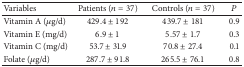
<table><thead><tr><td><b>Variables</b></td><td><b>Patients (<i>n</i> = 37)</b></td><td><b>Controls (<i>n</i> = 37)</b></td><td><b><i>P</i></b></td></tr></thead><tbody><tr><td>Vitamin A (<i>μ</i>g/d)</td><td>429.4 ± 192</td><td>439.7 ± 181</td><td>0.9</td></tr><tr><td>Vitamin E (mg/d)</td><td>6.9 ± 1</td><td>5.57 ± 1.7</td><td>0.3</td></tr><tr><td>Vitamin C (mg/d)</td><td>53.7 ± 31.9</td><td>70.8 ± 27.4</td><td>0.1</td></tr><tr><td>Folate (<i>μ</i>g/d)</td><td>287.7 ± 91.8</td><td>265.5 ± 76.1</td><td>0.8</td></tr></tbody></table>